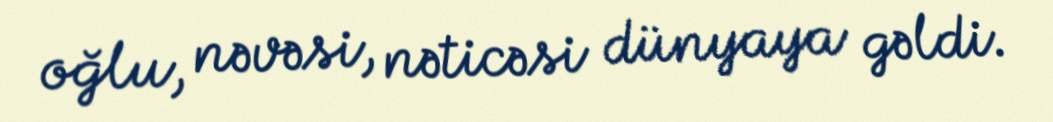
oğlu, nəvəsi, nəticəsi dünyaya gəldi.